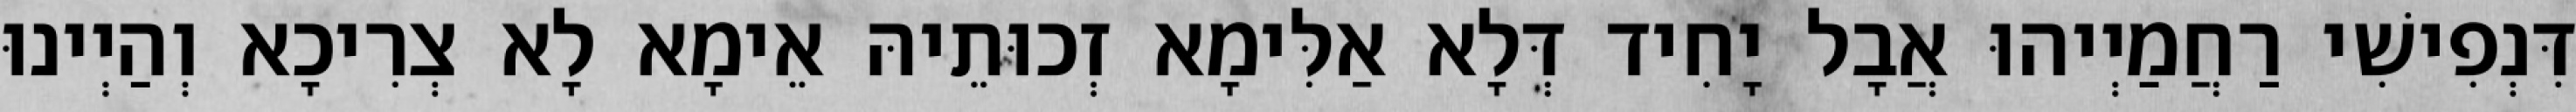
דִּנְפִישִׁי רַחֲמַיְיהוּ אֲבָל יָחִיד דְּלָא אַלִּימָא זְכוּתֵיהּ אֵימָא לָא צְרִיכָא וְהַיְינוּ